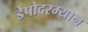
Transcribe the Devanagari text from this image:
डेपोदरम्यान